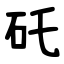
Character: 矺